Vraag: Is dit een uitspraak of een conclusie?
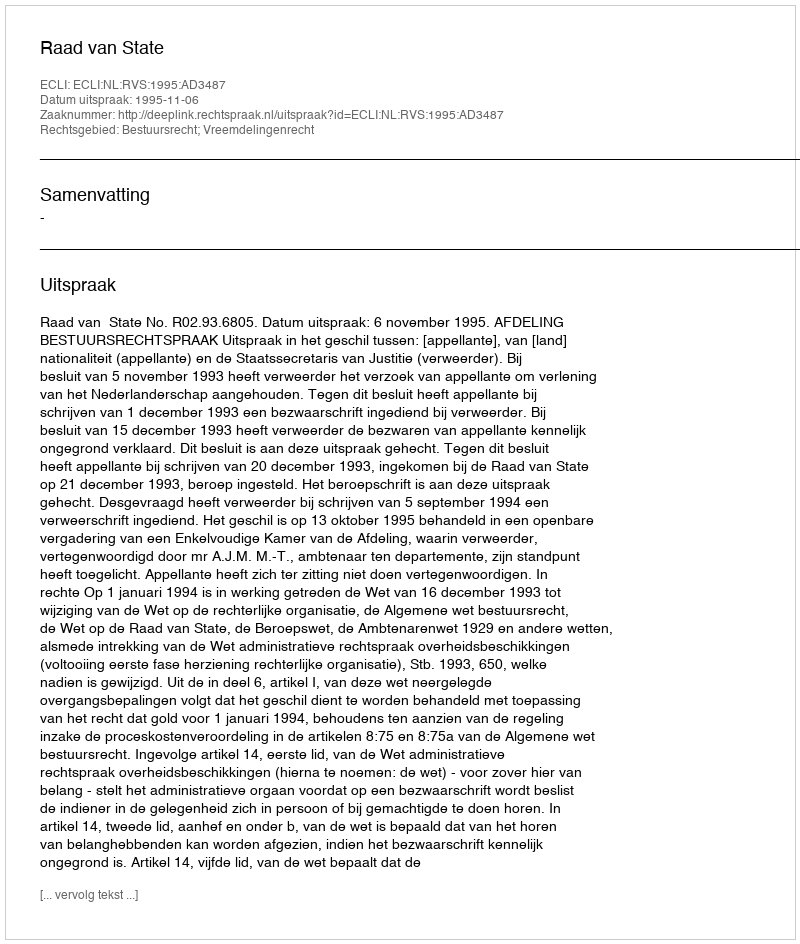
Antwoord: Uitspraak